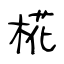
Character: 椛